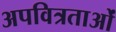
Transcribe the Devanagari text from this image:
अपवित्रताओं